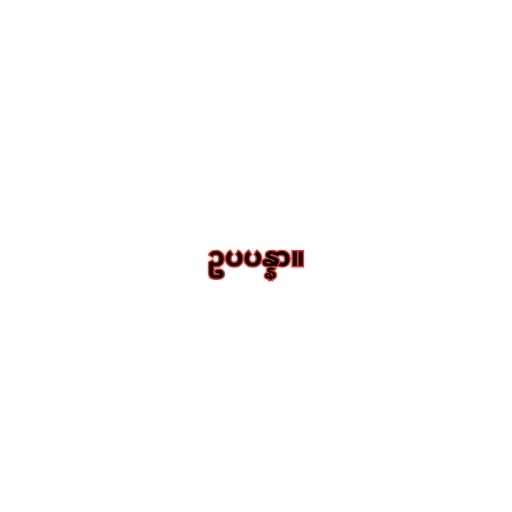
ဥပပန္နာ။